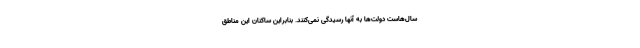
سال‌هاست دولت‌ها به آنها رسیدگی نمی‌کنند. بنابراین ساکنان این مناطق